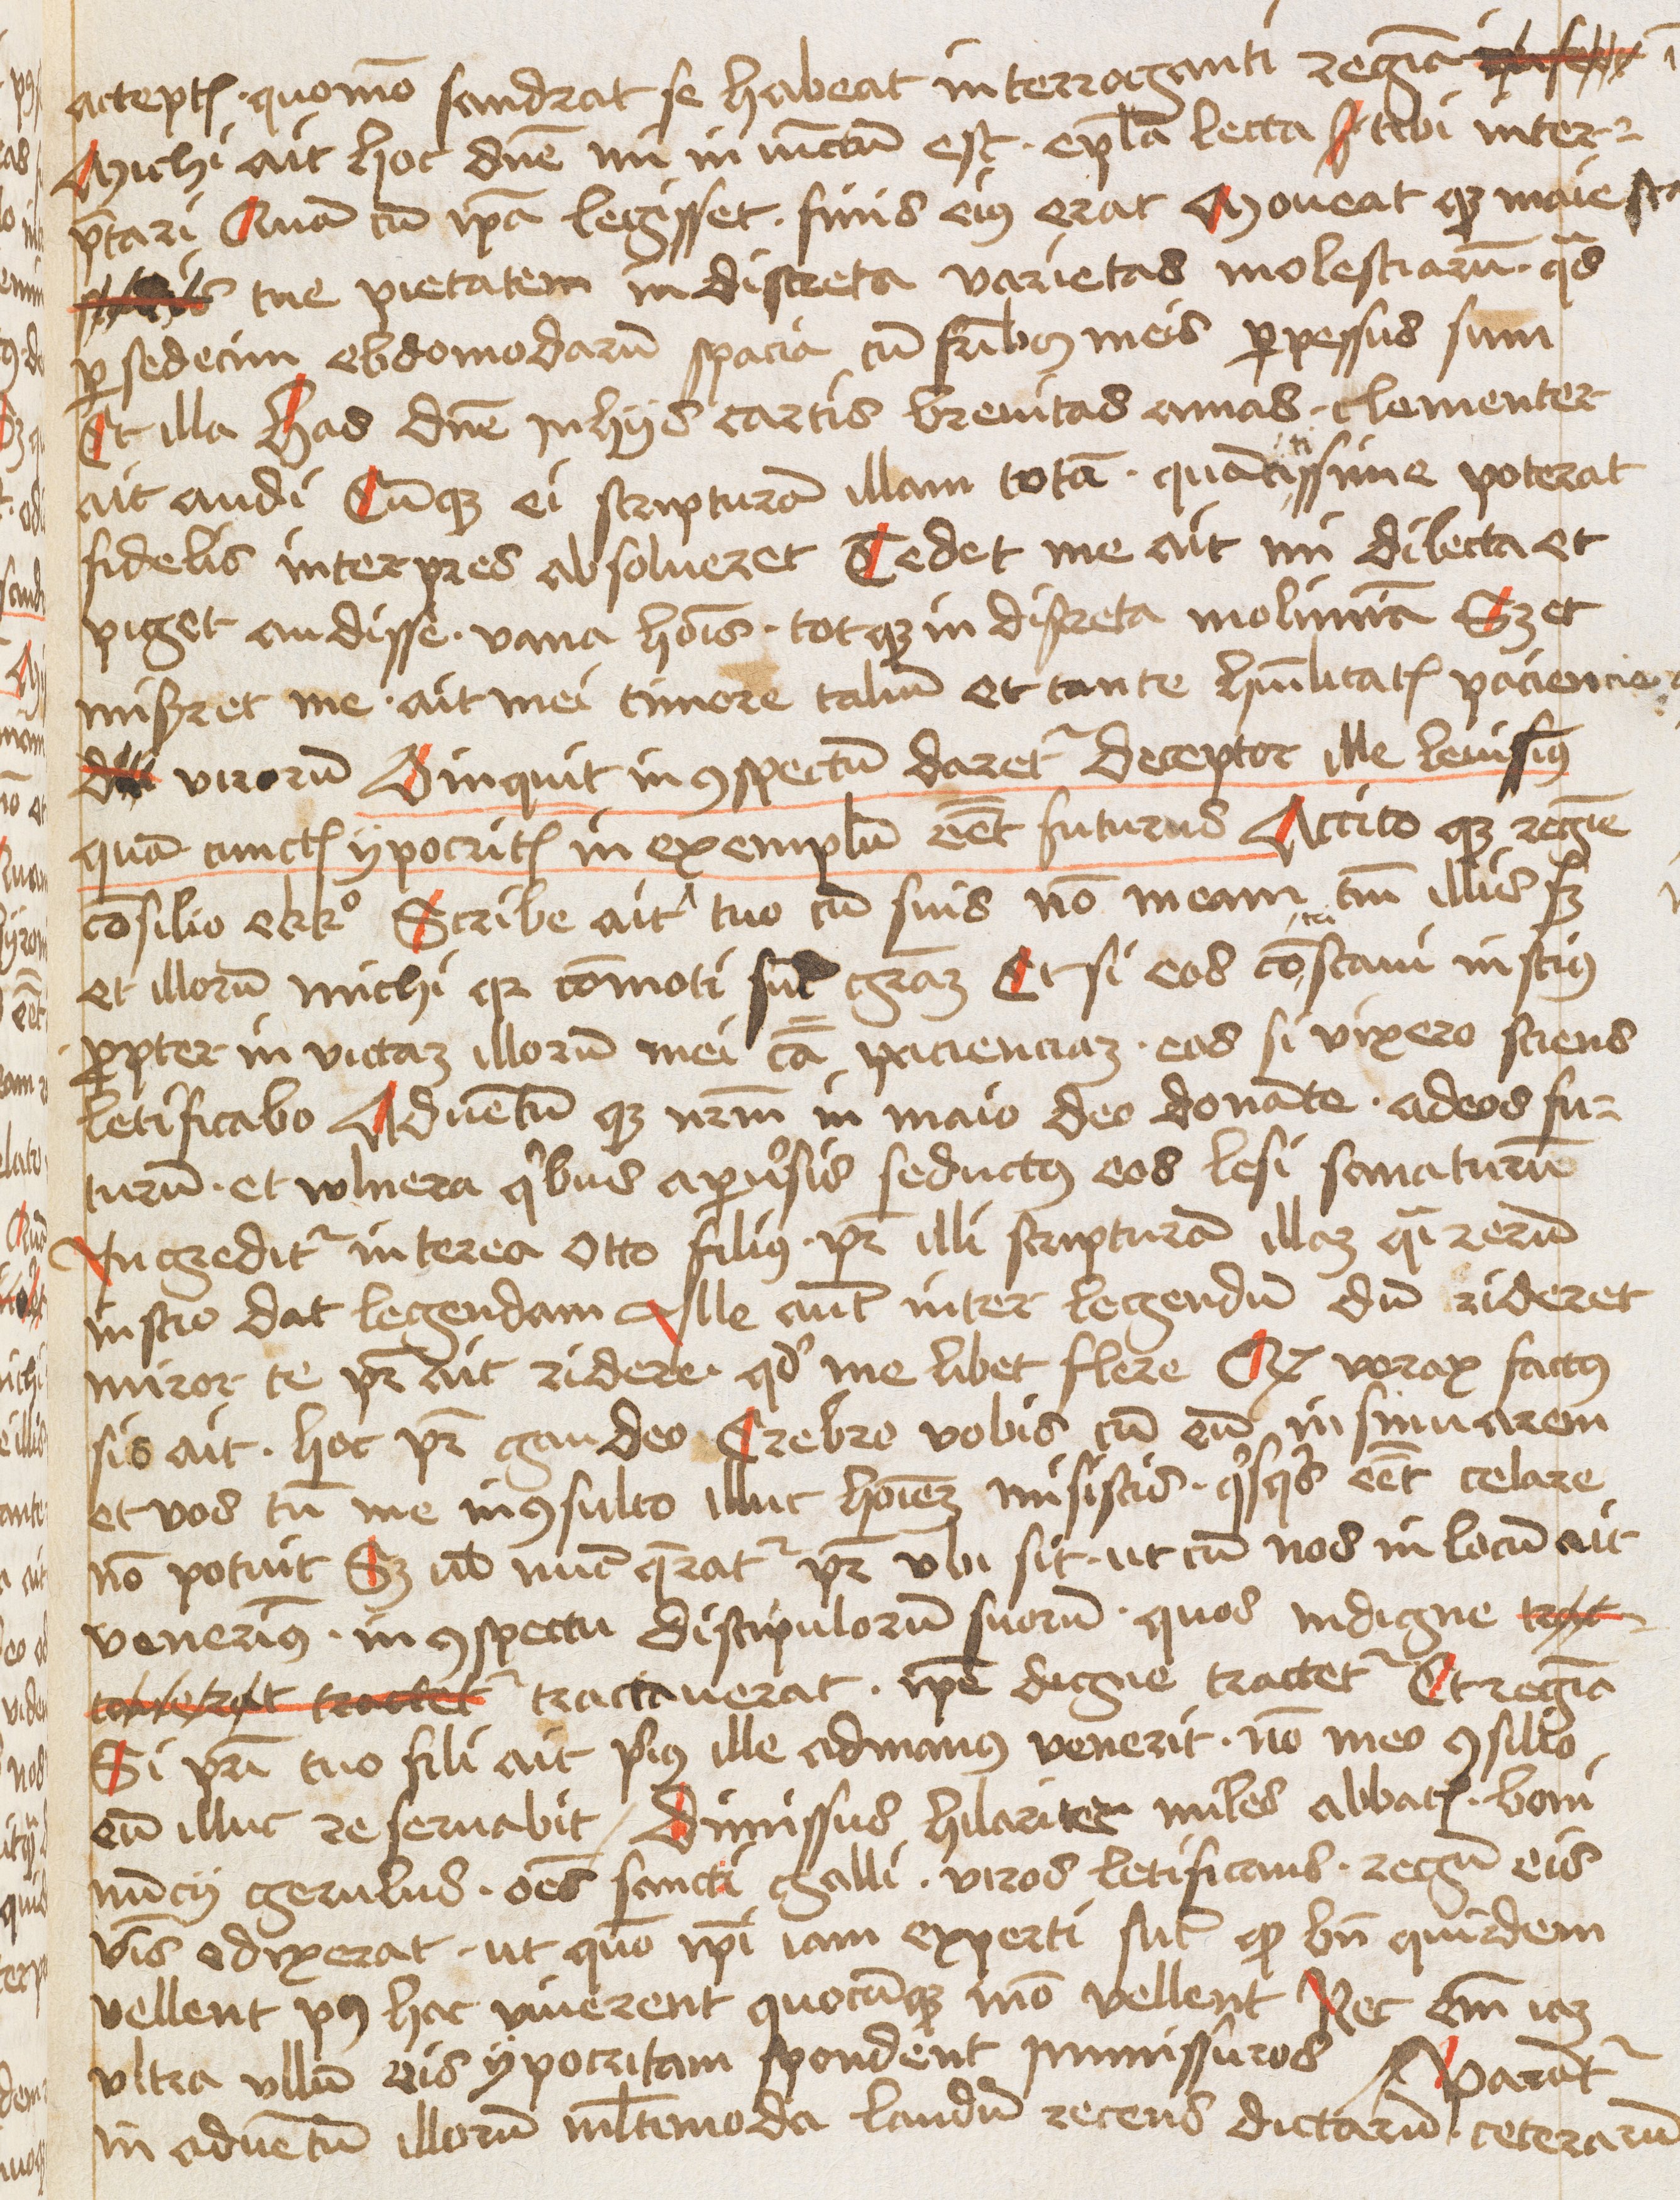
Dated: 1475–1495